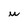
Character: w